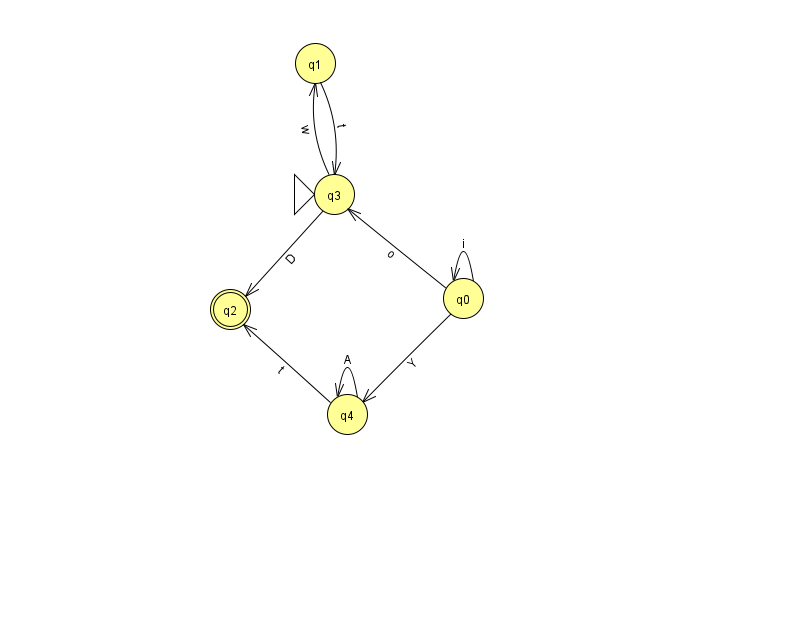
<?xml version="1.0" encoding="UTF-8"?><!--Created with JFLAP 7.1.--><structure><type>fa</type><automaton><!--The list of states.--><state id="0" name="q0"><x>463.0</x><y>285.0</y></state><state id="1" name="q1"><x>315.0</x><y>50.0</y></state><state id="2" name="q2"><x>230.0</x><y>296.0</y><final/></state><state id="3" name="q3"><x>334.0</x><y>181.0</y><initial/></state><state id="4" name="q4"><x>347.0</x><y>401.0</y></state><!--The list of transitions.--><transition><from>0</from><to>3</to><read>o</read></transition><transition><from>4</from><to>4</to><read>A</read></transition><transition><from>0</from><to>4</to><read>Y</read></transition><transition><from>1</from><to>3</to><read>t</read></transition><transition><from>0</from><to>0</to><read>i</read></transition><transition><from>3</from><to>2</to><read>D</read></transition><transition><from>4</from><to>2</to><read>t</read></transition><transition><from>3</from><to>1</to><read>w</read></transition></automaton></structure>